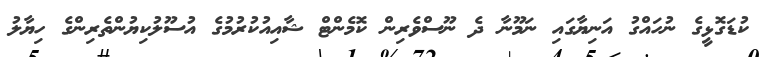
ކުޑަގޮޅީގެ ނުހައްގު އަނިޔާގައި ނަމޫނާ ދެ ނޫސްވެރިން ކޮމެންޓް ޝާއިއުކުރުމުގެ އުސޫލުކިޔުންތެރިންގެ ހިޔާލު